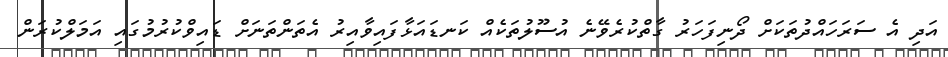
އަދި އެ ސަރަހައްދުތަކަށް ދޯނިފަހަރު ގާތްކުރެވޭނެ އުސޫލުތަކެއް ކަނޑައަޅާފައިވާއިރު އެތަންތަނަށް ޑައިވްކުރުމުގައި އަމަލްކުރަން